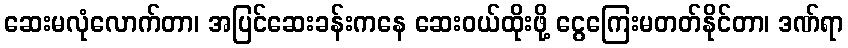
ဆေးမလုံလောက်တာ၊ အပြင်ဆေးခန်းကနေ ဆေးဝယ်ထိုးဖို့ ငွေကြေးမတတ်နိုင်တာ၊ ဒဏ်ရာ